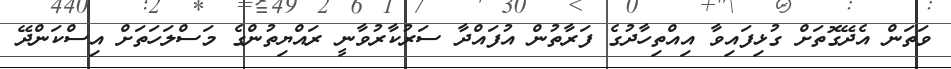
ވަތަން އެދޭގޮތަށް ގުޅިފައިވާ އިއްތިހާދުގެ ފަރާތުން އުފައްދާ ސަރުކާރުވާނީ ރައްޔިތުންގެ މަސްލަހަތަށް އިސްކަންދޭ